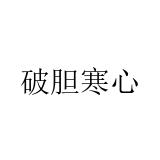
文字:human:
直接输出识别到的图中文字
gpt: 破胆寒心